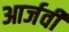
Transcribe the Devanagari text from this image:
आर्जवी